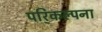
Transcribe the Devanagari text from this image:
परि्कल्पना